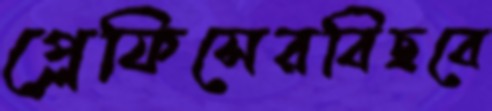
প্লেফিসেরবিছবে